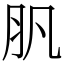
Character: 䏎